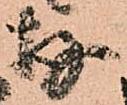
存